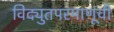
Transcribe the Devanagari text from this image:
विद्युतपरमाणूंची